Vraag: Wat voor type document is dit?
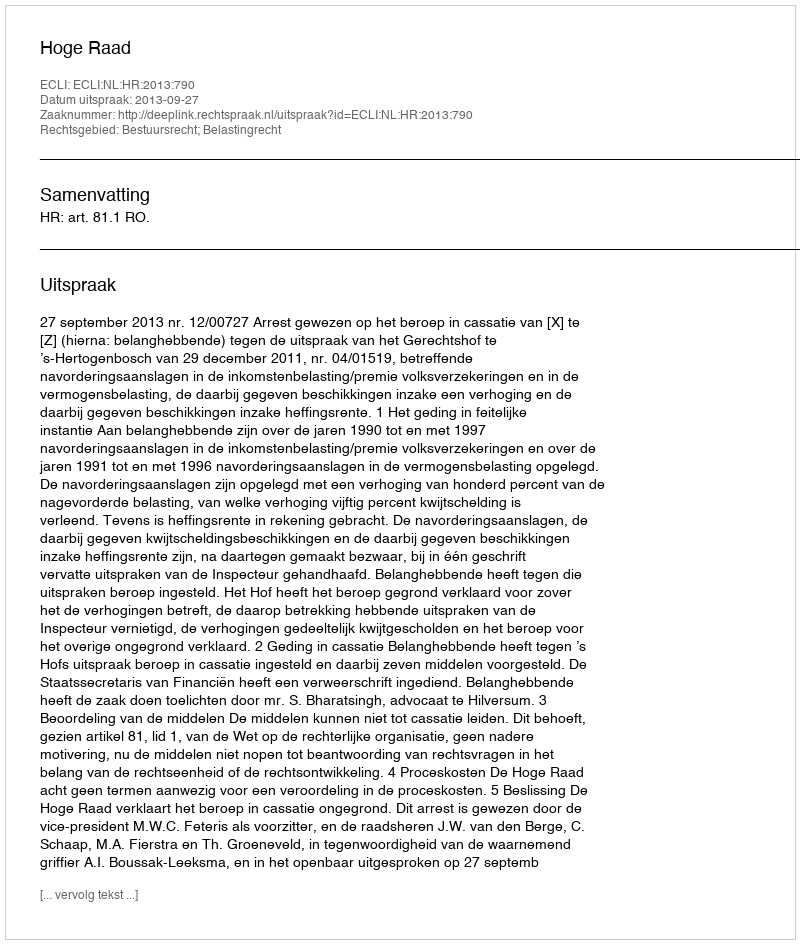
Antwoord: Uitspraak